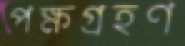
পক্ষগ্রহণ